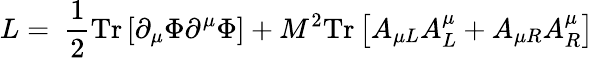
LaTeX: L=~\frac{1}{2}\mathrm{Tr}\left[\partial_{\mu}\Phi\partial^{\mu}\Phi\right]+M^{2}\mathrm{Tr}\left[A_{\mu L}A_{L}^{\mu}+A_{\mu R}A_{R}^{\mu}\right]\,